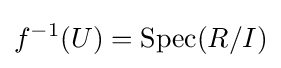
f^{-1}(U)=\operatorname {Spec} (R/I)